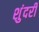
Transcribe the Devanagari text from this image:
शुंदरी